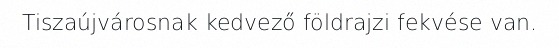
Tiszaújvárosnak kedvező földrajzi fekvése van.